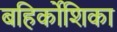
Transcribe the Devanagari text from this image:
बहिर्कोशिका